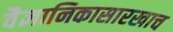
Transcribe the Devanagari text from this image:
वैज्ञानिकासारखाच